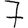
Digit: 7